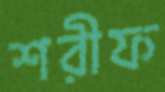
শরীফ